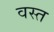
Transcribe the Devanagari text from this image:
वस्त